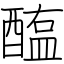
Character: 醢